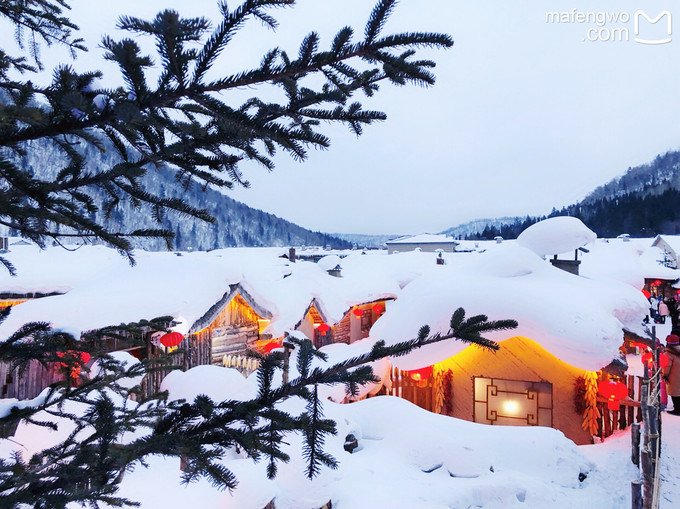
五月天山雪，无花只有寒。